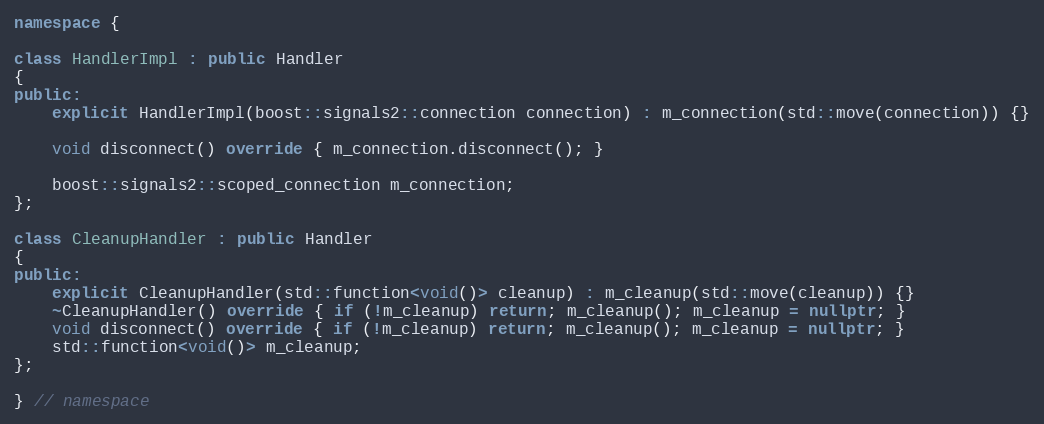
Language: C++
namespace {

class HandlerImpl : public Handler
{
public:
    explicit HandlerImpl(boost::signals2::connection connection) : m_connection(std::move(connection)) {}

    void disconnect() override { m_connection.disconnect(); }

    boost::signals2::scoped_connection m_connection;
};

class CleanupHandler : public Handler
{
public:
    explicit CleanupHandler(std::function<void()> cleanup) : m_cleanup(std::move(cleanup)) {}
    ~CleanupHandler() override { if (!m_cleanup) return; m_cleanup(); m_cleanup = nullptr; }
    void disconnect() override { if (!m_cleanup) return; m_cleanup(); m_cleanup = nullptr; }
    std::function<void()> m_cleanup;
};

} // namespace